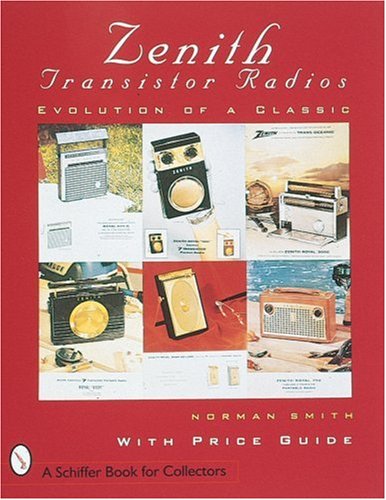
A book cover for Zenith Transistor Radios: Evolution of a Classic (A Schiffer Book for Collectors); Norman R. Smith; Crafts, Hobbies & Home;